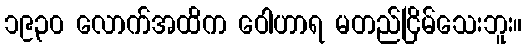
၁၉၃၀ လောက်အထိက ဝေါဟာရ မတည်ငြိမ်သေးဘူး။